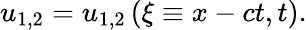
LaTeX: u_{1,2}=u_{1,2}\left(\xi\equiv x-ct,t\right).